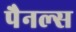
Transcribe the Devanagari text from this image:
पैनल्स